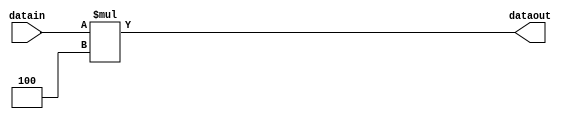
module shiftleft2(datain, dataout);
input [31:0] datain;
output [31:0] dataout;
reg [31:0] dataout;
always @ (datain)
begin
  dataout = datain * 4;
end
endmodule